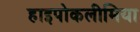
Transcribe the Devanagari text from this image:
हाइपोकलीमिया